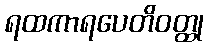
ရထကာရပေတိဝတ္ထု